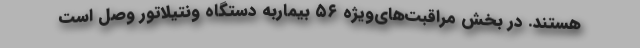
هستند. در بخش مراقبت‌های‌ویژه ۵۶ بیمار‌به دستگاه ونتیلاتور وصل است